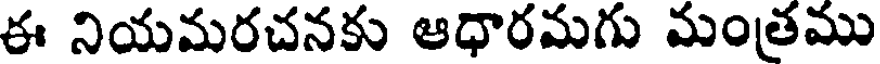
ఈ నియమరచనకు ఆధారమగు మంత్రము